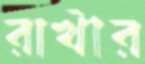
রাখীর